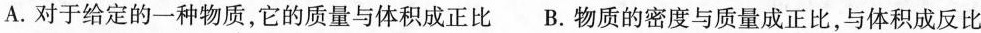
A.对于给定的一种物质，它的质量与体积成正比 B.物质的密度与质量成正比，与体积成反比